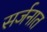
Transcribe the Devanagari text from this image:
सर्जनात